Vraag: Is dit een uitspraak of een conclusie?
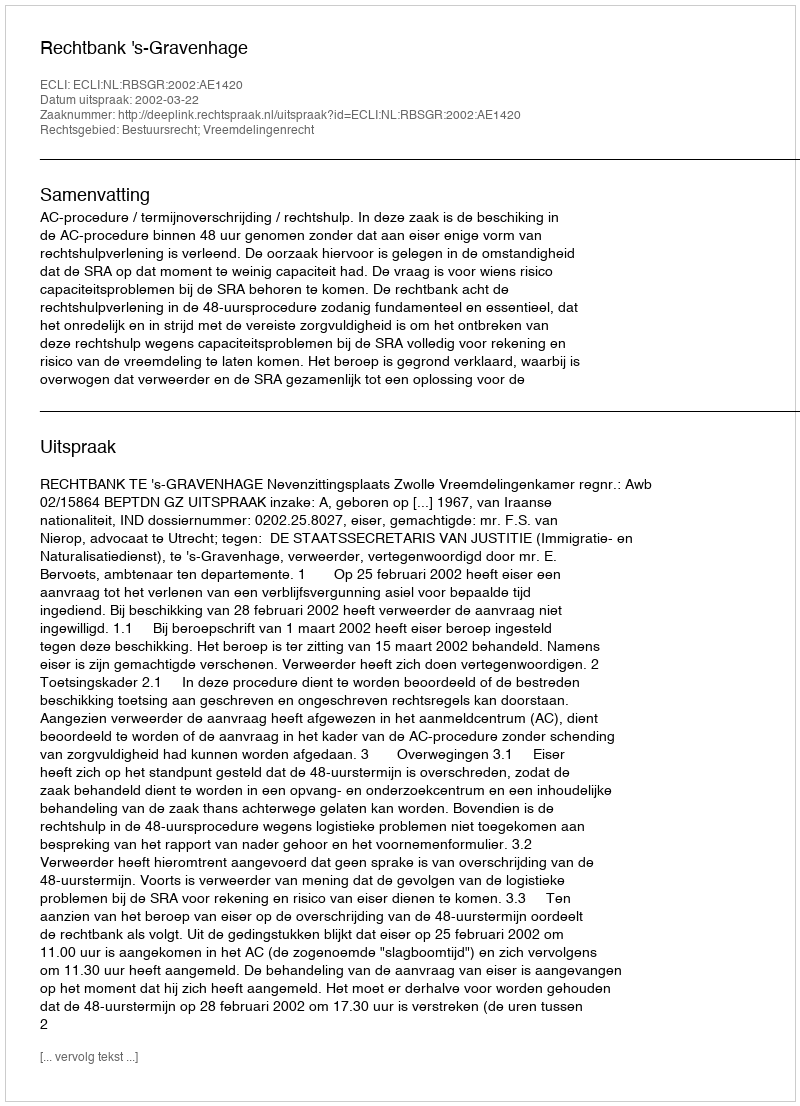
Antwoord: Uitspraak